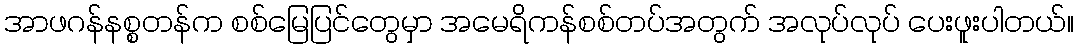
အာဖဂန်နစ္စတန်က စစ်မြေပြင်တွေမှာ အမေရိကန်စစ်တပ်အတွက် အလုပ်လုပ် ပေးဖူးပါတယ်။